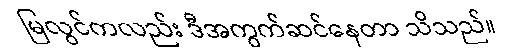
မြလွင်ကလည်း ဒီအကွက်ဆင်နေတာ သိသည်။